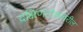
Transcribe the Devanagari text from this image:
दक्षिणटोकावरील